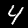
Label: 4